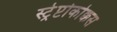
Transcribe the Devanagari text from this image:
स्ट्रेप्टोकोक्कस